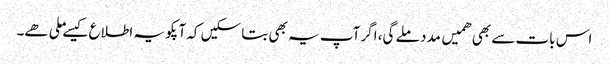
اس بات سے بھی ھمیں مدد ملے گی، اگر آپ یہ بھی بتا سکیں کہ آپکو یہ اطلاع کیسے ملی ھے۔